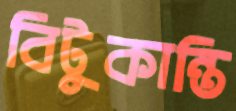
বিটুকান্তি